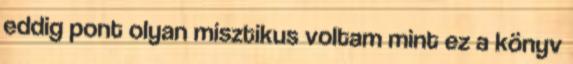
eddig pont olyan misztikus voltam mint ez a könyv